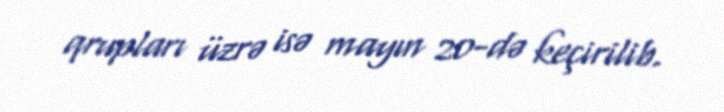
qrupları üzrə isə mayın 20-də keçirilib.